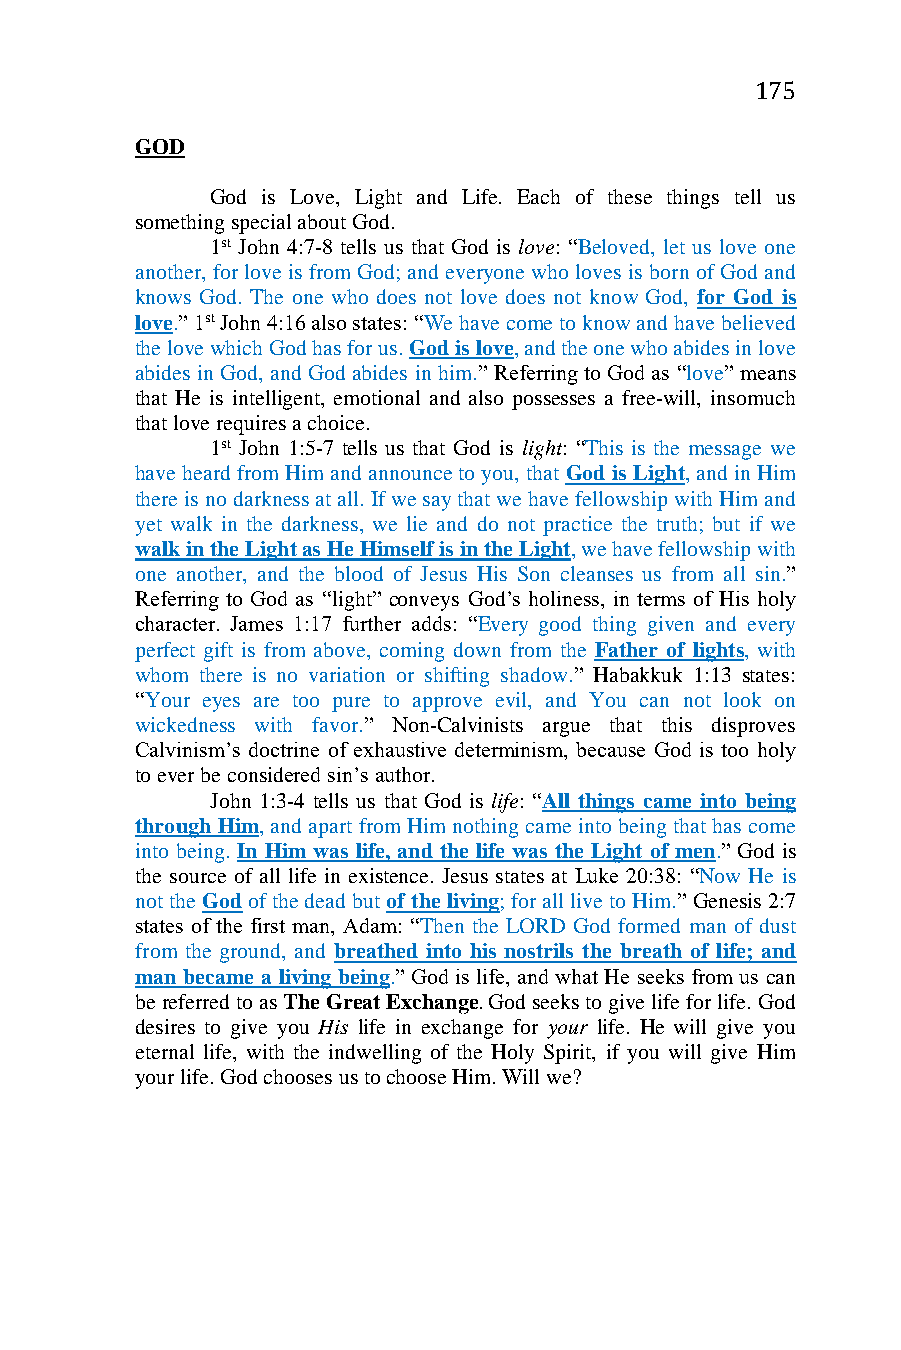
175
 GOD
 God is Love, Light and Life. Each of these things tell us
 something special about God.
 1st John 4:7-8 tells us that God is love: “Beloved, let us love one
 another, for love is from God; and everyone who loves is born of God and
 knows God. The one who does not love does not know God, for God is
 love.” 1st John 4:16 also states: “We have come to know and have believed
 the love which God has for us. God is love, and the one who abides in love
 abides in God, and God abides in him.” Referring to God as “love” means
 that He is intelligent, emotional and also possesses a free-will, insomuch
 that love requires a choice.
 1st John 1:5-7 tells us that God is light: “This is the message we
 have heard from Him and announce to you, that God is Light, and in Him
 there is no darkness at all. If we say that we have fellowship with Him and
 yet walk in the darkness, we lie and do not practice the truth; but if we
 walk in the Light as He Himself is in the Light, we have fellowship with
 one another, and the blood of Jesus His Son cleanses us from all sin.”
 Referring to God as “light” conveys God’s holiness, in terms of His holy
 character. James 1:17 further adds: “Every good thing given and every
 perfect gift is from above, coming down from the Father of lights, with
 whom there is no variation or shifting shadow.” Habakkuk 1:13 states:
 “Your eyes are too pure to approve evil, and You can not look on
 wickedness with favor.” Non-Calvinists argue that this disproves
 Calvinism’s doctrine of exhaustive determinism, because God is too holy
 to ever be considered sin’s author.
 John 1:3-4 tells us that God is life: “All things came into being
 through Him, and apart from Him nothing came into being that has come
 into being. In Him was life, and the life was the Light of men.” God is
 the source of all life in existence. Jesus states at Luke 20:38: “Now He is
 not the God of the dead but of the living; for all live to Him.” Genesis 2:7
 states of the first man, Adam: “Then the LORD God formed man of dust
 from the ground, and breathed into his nostrils the breath of life; and
 man became a living being.” God is life, and what He seeks from us can
 be referred to as The Great Exchange. God seeks to give life for life. God
 desires to give you His life in exchange for your life. He will give you
 eternal life, with the indwelling of the Holy Spirit, if you will give Him
 your life. God chooses us to choose Him. Will we?